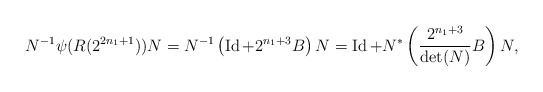
\begin{align*}N^{-1} \psi(R(2^{2n_1+1})) N = N^{-1}\left(\operatorname{Id}+2^{n_1+3}B\right)N = \operatorname{Id} + N^* \left( \frac{2^{n_1+3}}{\det(N)} B \right) N,\end{align*}